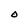
Character: O